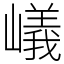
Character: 嶬